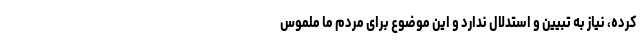
کرده، نیاز به تبیین و استدلال ندارد و این موضوع برای مردم ما ملموس